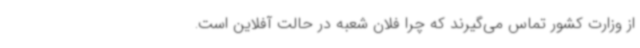
از وزارت کشور تماس می‌گیرند که چرا فلان شعبه در حالت آفلاین است.